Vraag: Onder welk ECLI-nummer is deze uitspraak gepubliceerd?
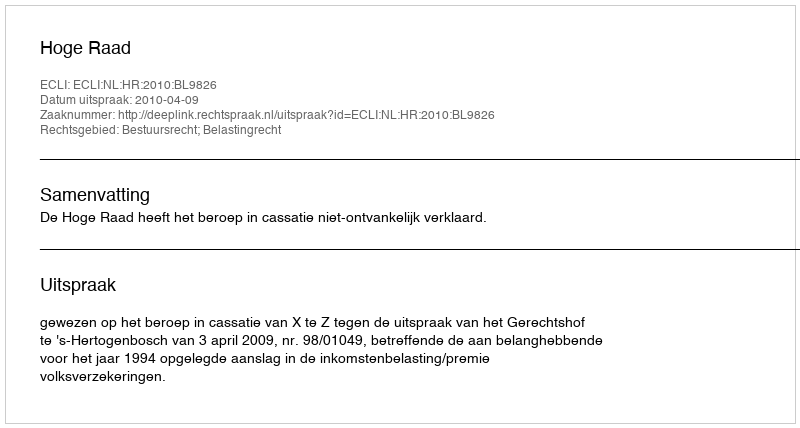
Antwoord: ECLI:NL:HR:2010:BL9826